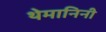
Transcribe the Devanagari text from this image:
थेमानिनी